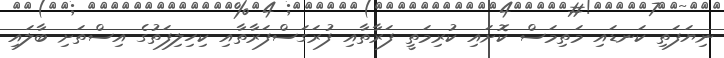
ނިޔަފަތި ކަނޑައި މަތިމަސް ކޮށައި ކުރިމަތީ ފަރާތާއި ފުރަގަސްފަރާތާއި ކިހިލިފަތުގެ އިސްތަށި ބާލައި